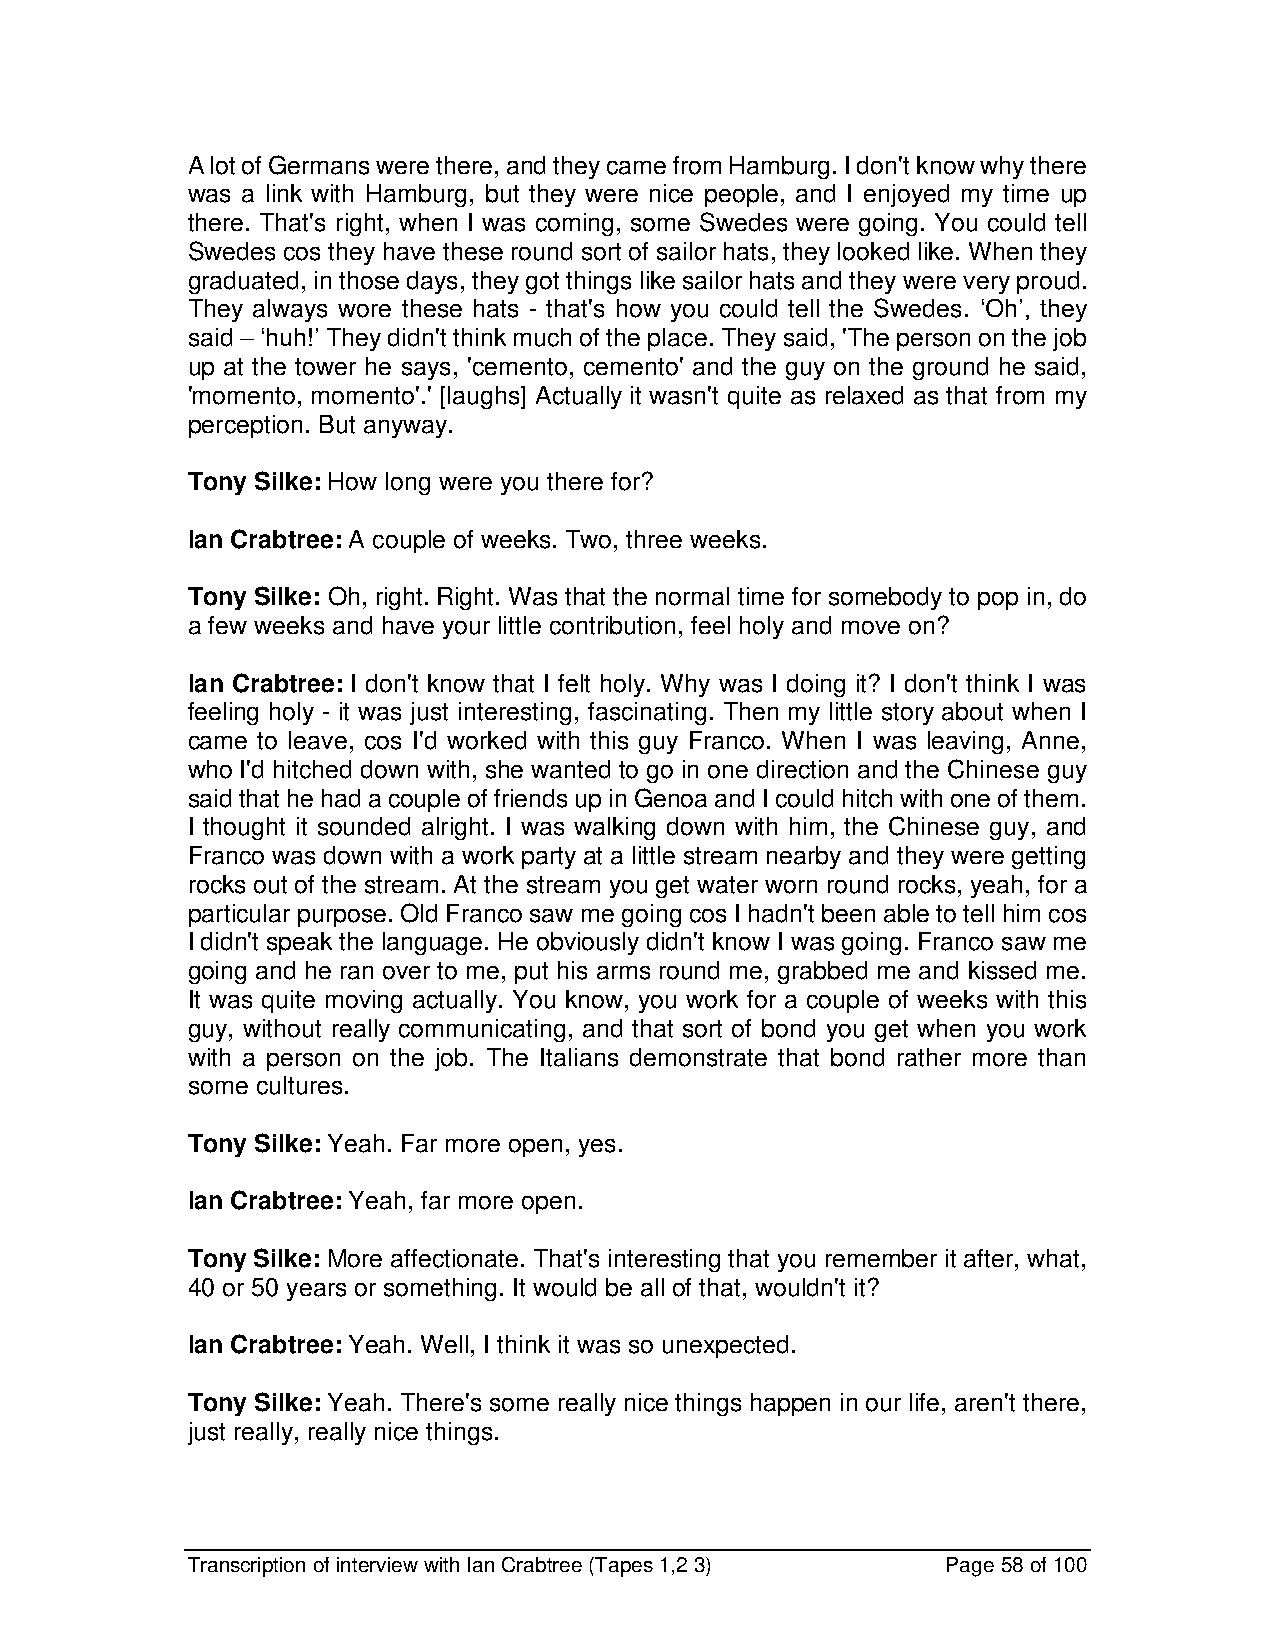
A lot of Germans were there, and they came from Hamburg. I don't know why there
 was a link with Hamburg, but they were nice people, and I enjoyed my time up
 there. That's right, when I was coming, some Swedes were going. You could tell
 Swedes cos they have these round sort of sailor hats, they looked like. When they
 graduated, in those days, they got things like sailor hats and they were very proud.
 They always wore these hats - that's how you could tell the Swedes. ‘Oh’, they
 said – ‘huh!’ They didn't think much of the place. They said, 'The person on the job
 up at the tower he says, 'cemento, cemento' and the guy on the ground he said,
 'momento, momento'.' [laughs] Actually it wasn't quite as relaxed as that from my
 perception. But anyway.
 Tony Silke: How long were you there for?
 Ian Crabtree: A couple of weeks. Two, three weeks.
 Tony Silke: Oh, right. Right. Was that the normal time for somebody to pop in, do
 a few weeks and have your little contribution, feel holy and move on?
 Ian Crabtree: I don't know that I felt holy. Why was I doing it? I don't think I was
 feeling holy - it was just interesting, fascinating. Then my little story about when I
 came to leave, cos I'd worked with this guy Franco. When I was leaving, Anne,
 who I'd hitched down with, she wanted to go in one direction and the Chinese guy
 said that he had a couple of friends up in Genoa and I could hitch with one of them.
 I thought it sounded alright. I was walking down with him, the Chinese guy, and
 Franco was down with a work party at a little stream nearby and they were getting
 rocks out of the stream. At the stream you get water worn round rocks, yeah, for a
 particular purpose. Old Franco saw me going cos I hadn't been able to tell him cos
 I didn't speak the language. He obviously didn't know I was going. Franco saw me
 going and he ran over to me, put his arms round me, grabbed me and kissed me.
 It was quite moving actually. You know, you work for a couple of weeks with this
 guy, without really communicating, and that sort of bond you get when you work
 with a person on the job. The Italians demonstrate that bond rather more than
 some cultures.
 Tony Silke: Yeah. Far more open, yes.
 Ian Crabtree: Yeah, far more open.
 Tony Silke: More affectionate. That's interesting that you remember it after, what,
 40 or 50 years or something. It would be all of that, wouldn't it?
 Ian Crabtree: Yeah. Well, I think it was so unexpected.
 Tony Silke: Yeah. There's some really nice things happen in our life, aren't there,
 just really, really nice things.
 Transcription of interview with Ian Crabtree (Tapes 1,2 3) Page 58 of 100